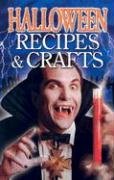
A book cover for Halloween Recipes and Crafts; Christine Lyseng Savage; Cookbooks, Food & Wine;